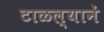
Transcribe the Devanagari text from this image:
टाळल्यानें